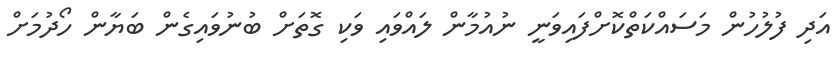
އަދި ފުލުހުން މަސައްކަތްކޮށްފައިވަނީ ނުއުމާން ލައްވައި ވަކި ގޮތަށް ބުނުވައިގެން ބަޔާން ހޯދުމަށް